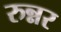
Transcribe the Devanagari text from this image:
रुन्नर